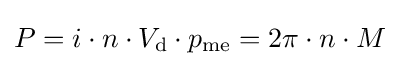
P=i\cdot n\cdot V_{\text{d}}\cdot p_{\text{me}}=2\pi \cdot n\cdot M